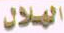
الهلال